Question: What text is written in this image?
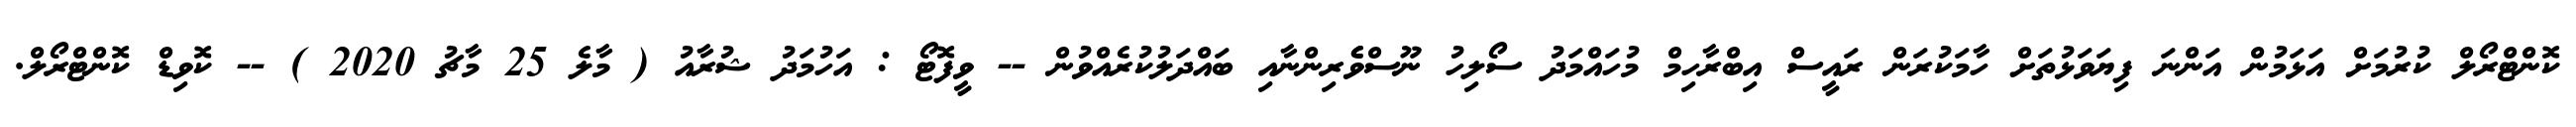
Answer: ކޮންޓްރޯލް ކުރުމަށް އަޅަމުން އަންނަ ފިޔަވަޅުތަށް ހާމަކުރަން ރައީސް އިބްރާހިމް މުހައްމަދު ސޯލިހު ނޫސްވެެރިންނާއި ބައްދަލުކުރެއްވުން -- ވީފޮޓޯ : އަހުމަދު ޝުރާއު ( މާލެ 25 މާޗު 2020 ) -- ކޮވިޑް ކޮންޓްރޯލް.